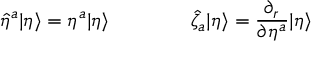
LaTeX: \hat { \eta } ^ { a } | \eta \rangle = \eta ^ { a } | \eta \rangle \qquad \qquad \hat { \zeta } _ { a } | \eta \rangle = \frac { \partial _ { r } } { \partial \eta ^ { a } } | \eta \rangle